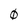
Character: 0